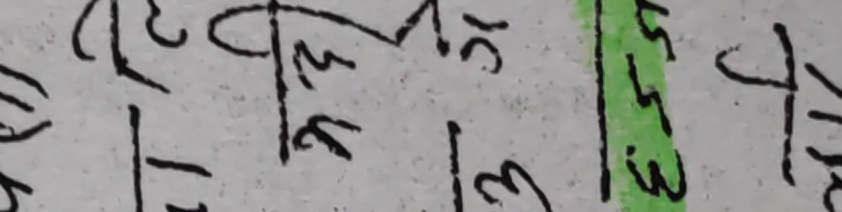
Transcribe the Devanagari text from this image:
रटर५१
१२५५५
८३८३३